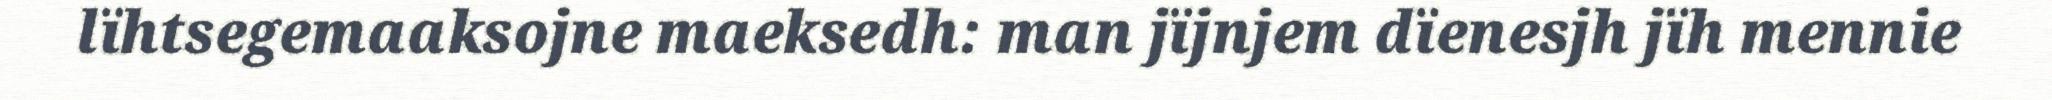
lïhtsegemaaksojne maeksedh: man jïjnjem dïenesjh jïh mennie